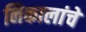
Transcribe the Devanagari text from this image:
निकालांचे